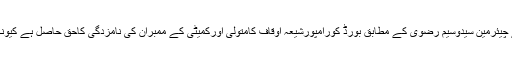
شیعہ سینٹرل وقف بورڈ کے چیئرمین سیدوسیم رضوی کے مطابق بورڈ کورامپورشیعہ اوقاف کامتولی اورکمیٹی کے ممبران کی نامزدگی کاحق حاصل ہے کیونکہ کوئی وقف نامہ نہیں ہے۔